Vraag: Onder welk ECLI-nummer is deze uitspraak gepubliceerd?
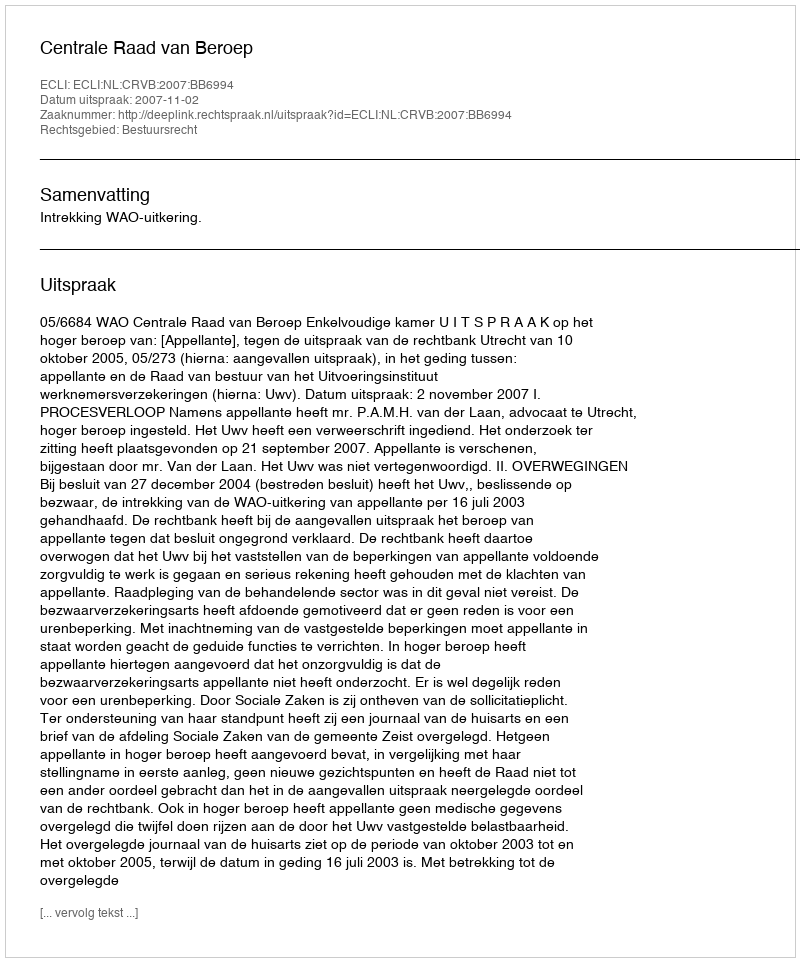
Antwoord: ECLI:NL:CRVB:2007:BB6994